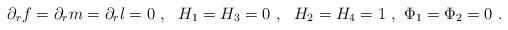
LaTeX: \begin{align*}\partial_r f= \partial_r m= \partial_r l= 0 \ , \ \ H_1=H_3 = 0 \ , \ \ H_2=H_4=1 \ , \ \Phi_1= \Phi_2=0 \ . \end{align*}